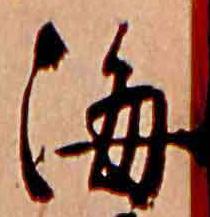
海